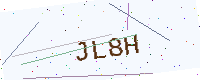
Text: JL8H